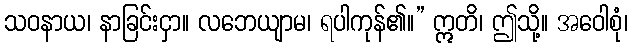
သဝနာယ၊ နာခြင်းငှာ။ လဘေယျာမ၊ ရပါကုန်၏။” ဣတိ၊ ဤသို့။ အဝေါစုံ၊